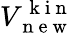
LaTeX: V_{\mathrm{~n~e~w~}}^{\mathrm{~k~i~n~}}